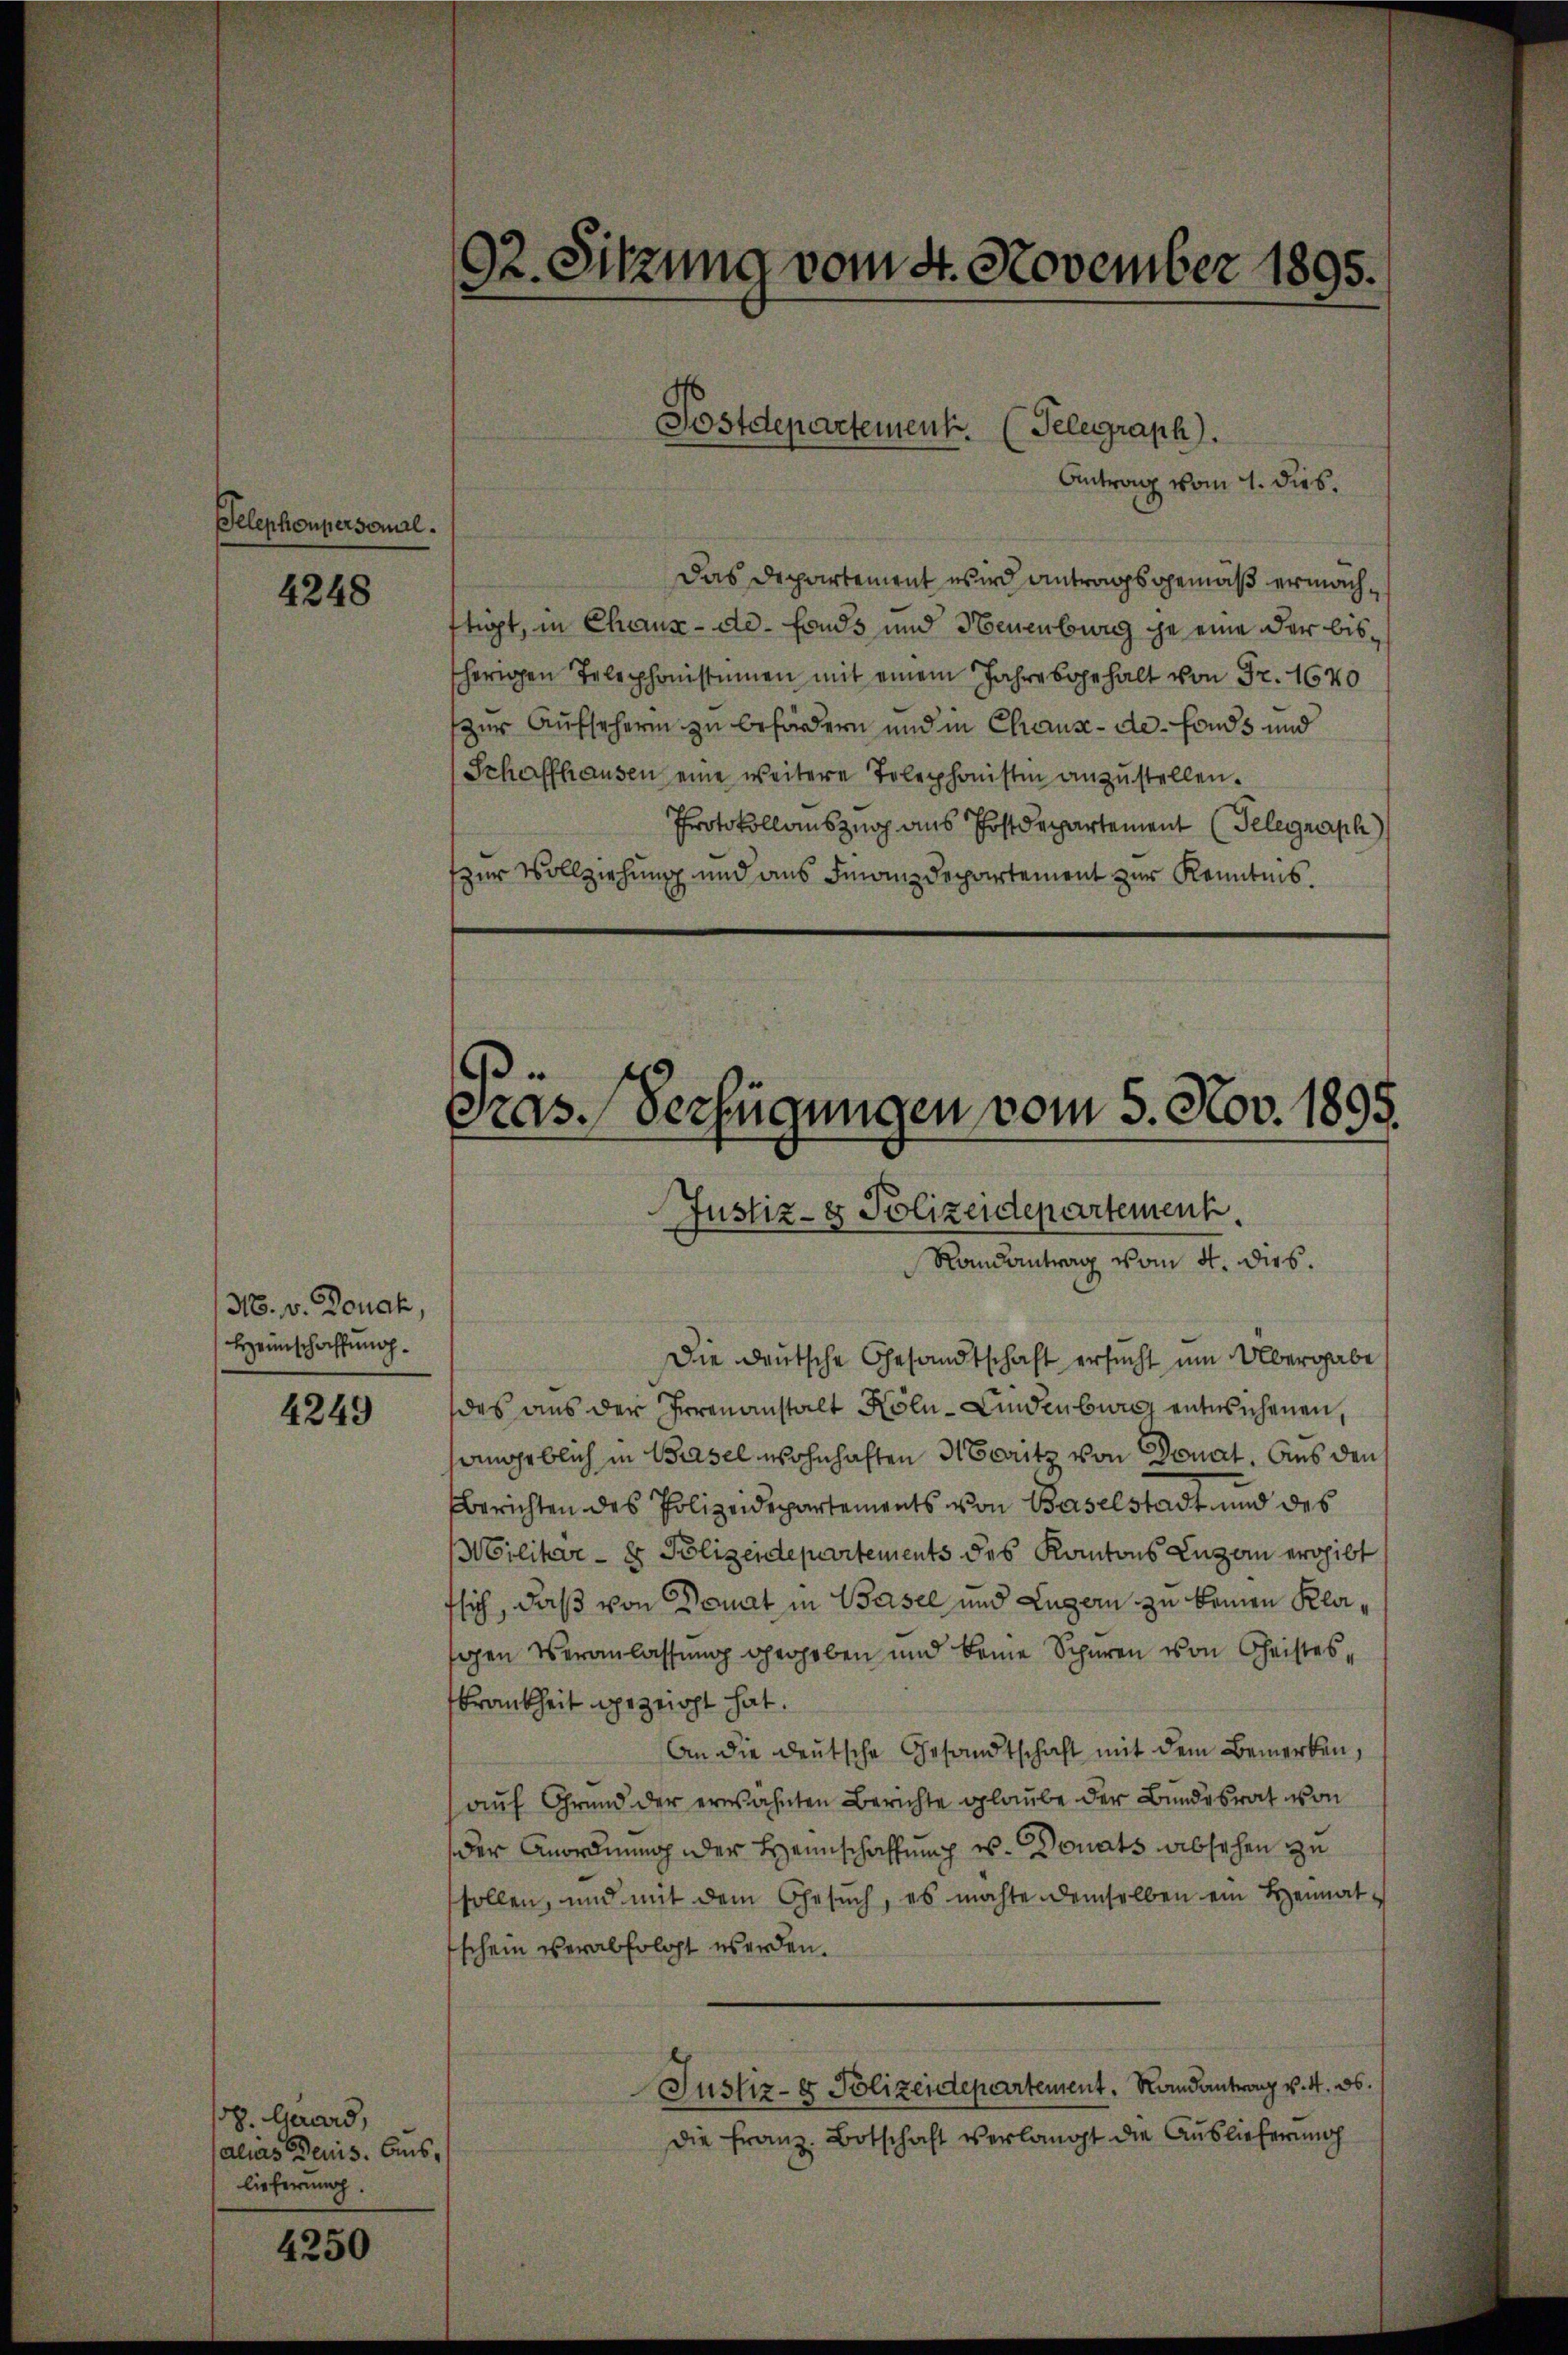
Telephoupersonal.

4248

N6. v. Donak,
Heimschaffung.

4249

8. Quard,
alias Benis. Auslieferung.

4250

92. Sitzung vom 4. November 1895.

Postdepartement. (Telegraph.
Antrag vom 1. dies,

s
Pras. Verfügungen vom 5. Nov. 1895.
Justiz- & Polizeidepartement
Randantrag vom 4. dies.

Die Deutsche Gesandtschaft ersucht um Übergabe
des aus der Irrenanstalt Köln-Lindenburg entwichenen,
langeblich in Basel wohnhaften Moritz von Donat. Aus den s
berichten des Polizeidepartements von Baselstadt und des
Militär- & Polizeidepartements des Kantons Luzern ergibt
fsich, daß von Donat in Basel und Luzern zu keinen Klagen Veranlassung vergeben und keine Schüren von Christeskrankheit gezeigt hat.
An die deutsche Gesandtschaft mit dem Bemerken,
auf Grund der erwähnten Berichte glaube der Bundesrat von
der Anordnung der Heimschaffung u. Donats absehen zu
sollen, und mit dem Gesŭch, es möchte demselben ein Heimat-
schein verabfolgt werden.
Justiz- & Polizeidepartement. Mandantrag v. 4. ds.
die Franz. Botschaft verlangt die Auslieferung

Das Departement wird antragsgemäß ermachtigt, in Chaux-de-Fonds und Neuenburg je eine der bissherigen Telephonistinen mit einem Jahresgehalt von Fr. 1640
zur Aufsehern zu befördern und in Chaux-de-Fonds und
Schaffhausen eine weitere Telephonisten anzustellen.
Protokollauszug aus Postdepartement (Telegraph
zur Vollziehung und aus Finanzdepartement zur Kenntnis.